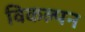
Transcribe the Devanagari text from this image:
विकल्पन